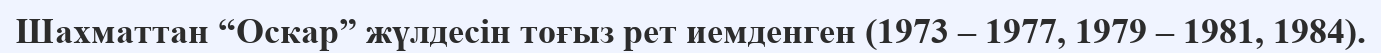
Шахматтан “Оскар” жүлдесін тоғыз рет иемденген (1973 – 1977, 1979 – 1981, 1984).